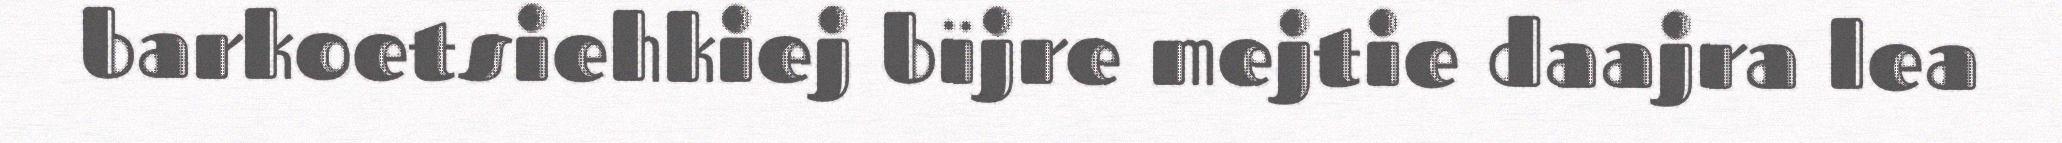
barkoetsiehkiej bïjre mejtie daajra lea